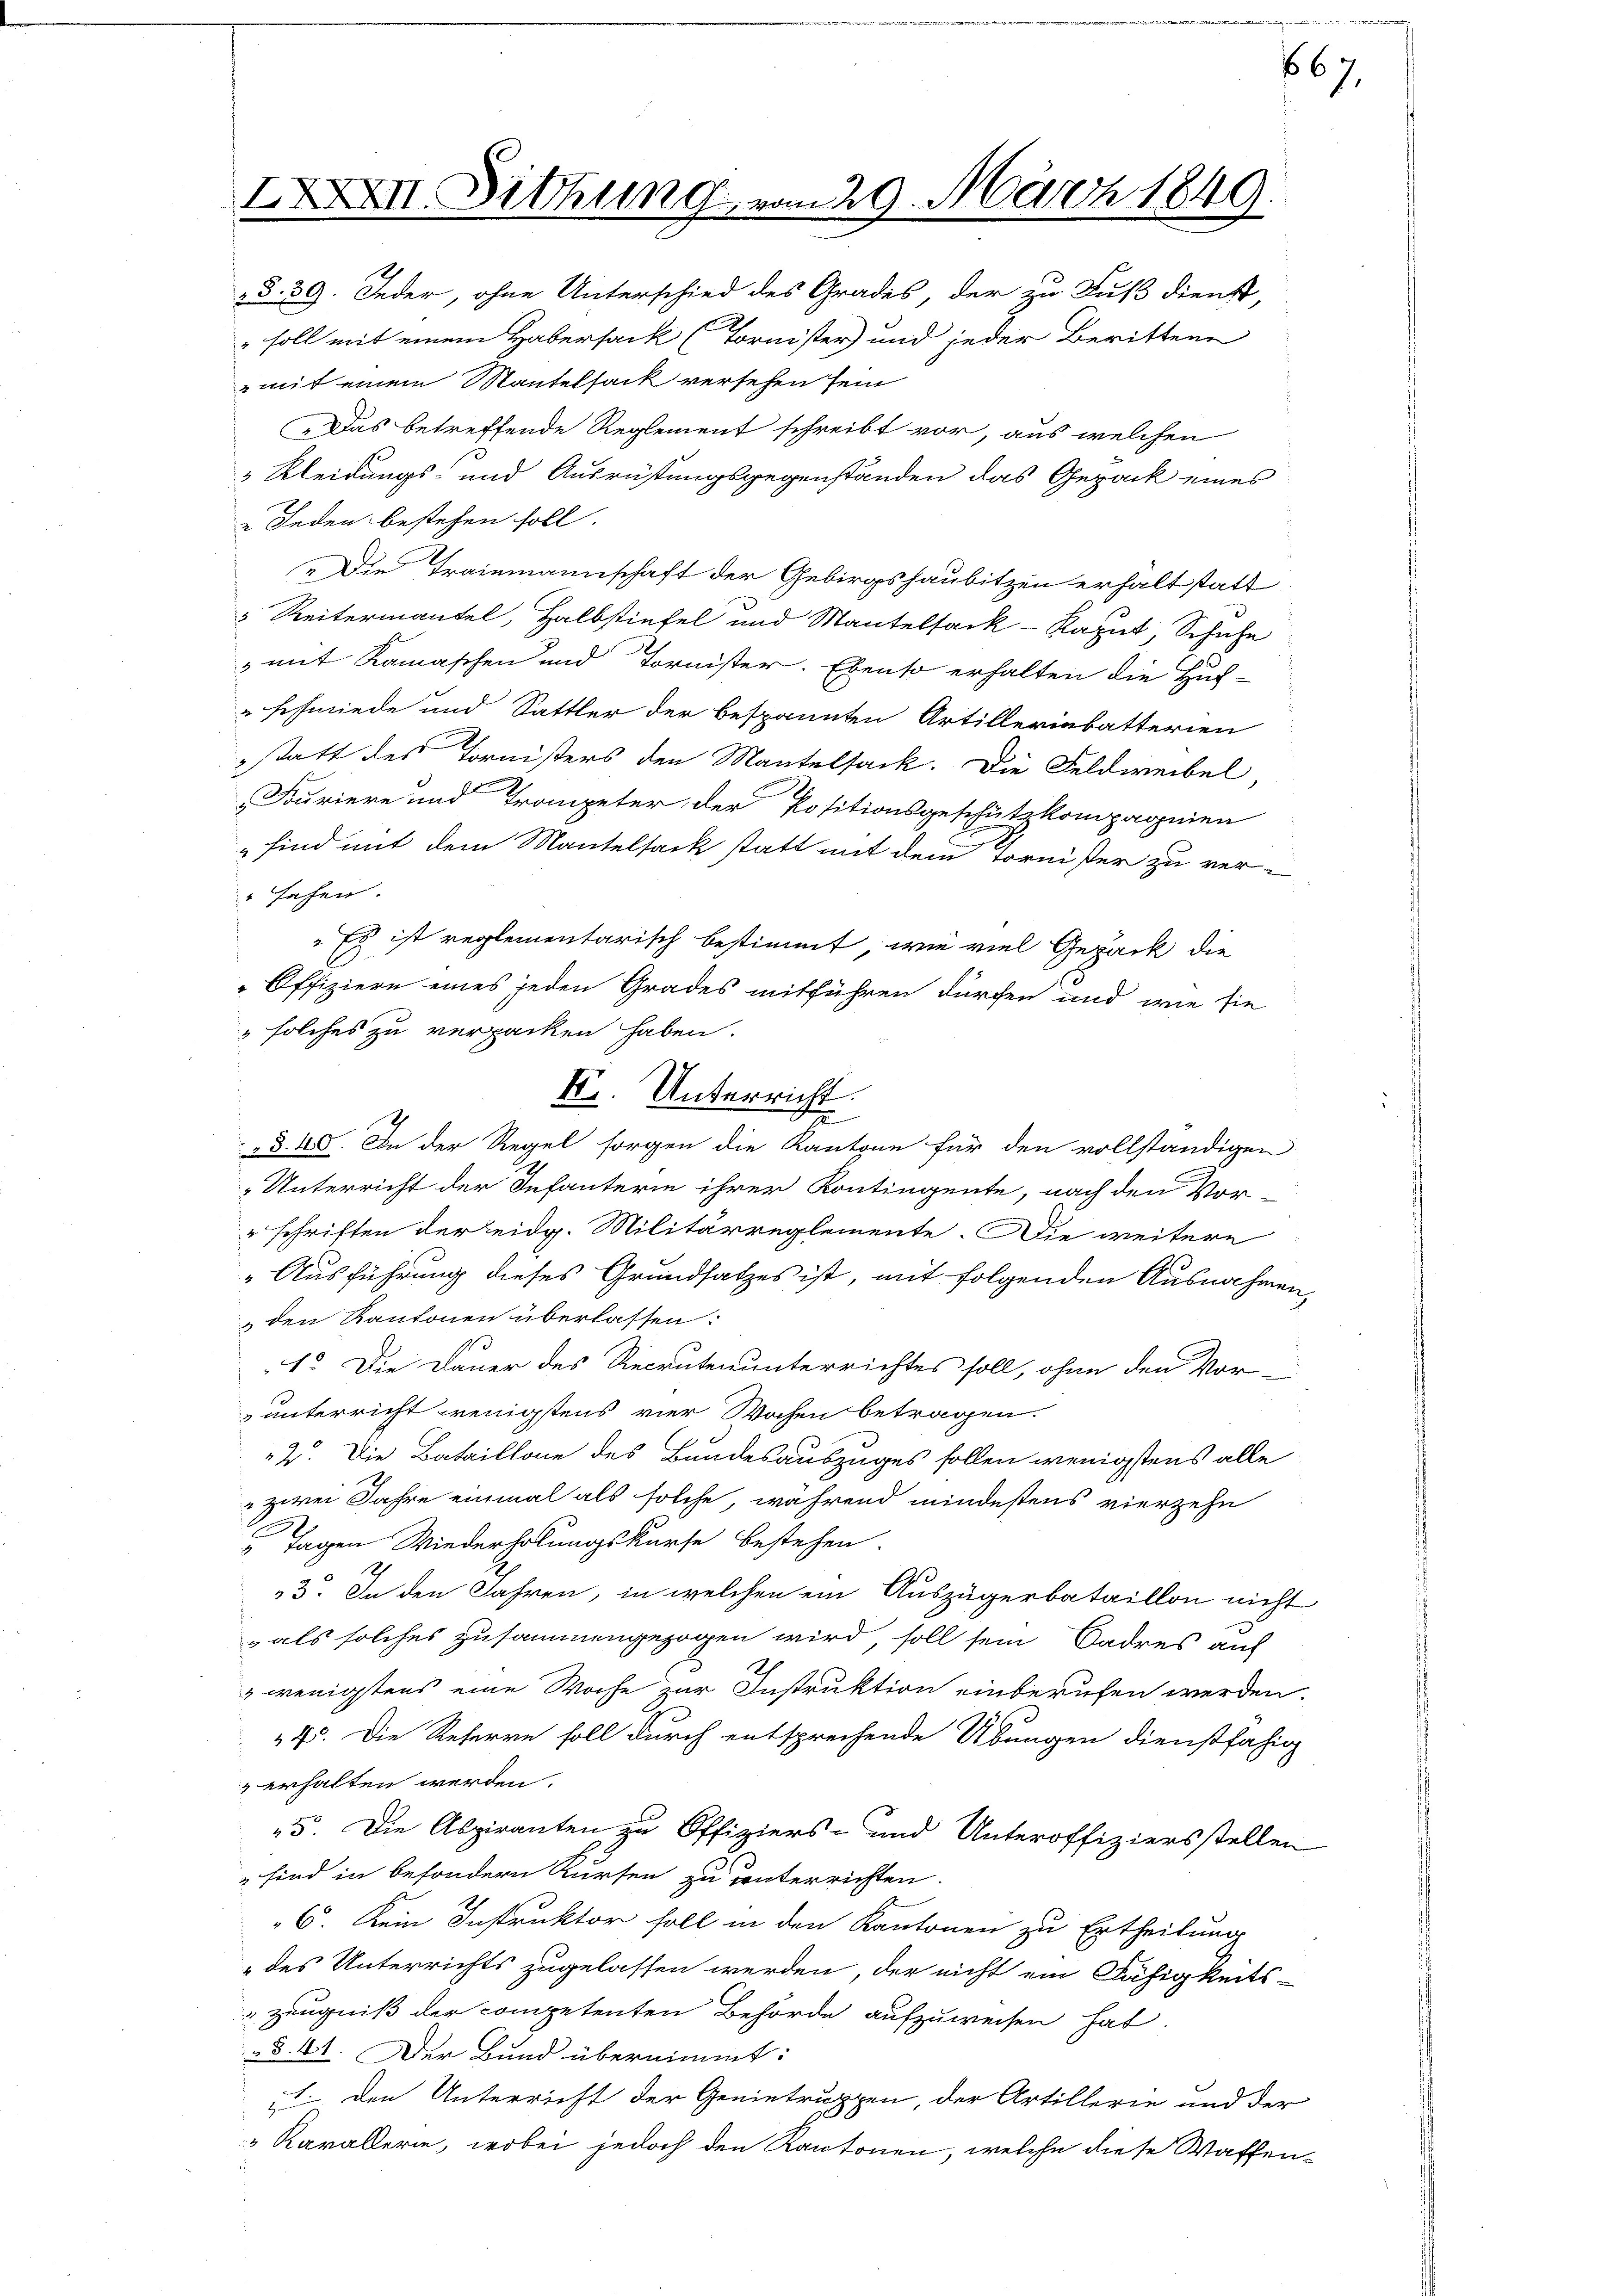
IXXVII. Sitzung vom 29. März 1849.

§. 39. Jeder, ohne Unterschied des Grades, der zu Fuß dienst,
" soll mit einem Habersack (Tornister und jeder Berittene
mit einem Mantelsack versehen sein
„Das betreffende Reglement schreibt vor, aus welchen
 Kleidungs- und Ausrüstungsgegenständen das Gepack eines
e Jeden bestehen soll.
Die Trainmannschaft der Gebirgshaubitzen erhalt statt
 Reitermantel, Halbstiefel und Mantelsack-Kaput, Schuhe
3 mit Kamaschen und Tornister. Ebenso erhalten die Huf-
schmiede und Sattler der bespannten Artillerinbatterien
statt des Tornisters den Mantelsack. Die Feldweibel
Furiere und Trompeter der Positionsgeschützkompagnien
 sind mit dem Mantelsack statt mit dem Tornister zu ver¬
" sehen.
" Es ist reglementarisch bestimmt, wie viel Gepack die
Offiziere eines jeden Grades mitführen dürfen und wie sie
" solches zu verpacken haben.
§. 10. In der Regel sorgen die Kantone für den vollständigen
Unterricht der Infanterin ihrer Kontingente, nach den Vor-
schriften der eidg. Militärreglemente. Die weitere
"Ausführung dieses Grundsatzes ist, mit folgenden Ausnahmen,
„den Kantonen überlassen:
1o. Die Dauer des Recrutenunterrichtes soll, ohne den Vor-
unterricht wenigstens vier Wochen betragen.
2. Die Bataillone des Bundesauszuges sollen wenigstens alle
" zwei Jahre einmal als solche, während mindestens vierzehn
 Tagen Wiederholungskurse bestehen.
3. In den Jahren, in welchen ein Auszügerbataillon nicht
als solches zusammengezogen wird, soll sein Sadres auf
 wenigstens eine Woche zur Instruktion einberufen werden.
45. Die Referen soll durch entsprechende Übungen dienstfähig
 erhalten werden.
45. Die Aspiranten zu Offiziers- und Unteroffiziersstellen
sind in besondern Kursen zu unterrichten.
6. kein Instruktor soll in den Kantonen zu Ertheilung
des Unterrichts zugelassen werden, der nicht ein Näfigkeits-
Zeugniß der competenten Behörde aufzuweisen hat.
§ 41. Der Bund übernimmt:
1. Den Unterricht der Genietruppen, der Artillerie und der
Kavallerie, wobei jedoch den Kantonen, welche diese Waffen¬

F. Unterricht.
i

667.